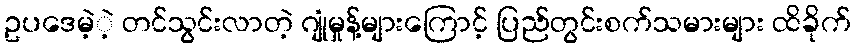
ဥပဒေမဲ့ဲ့ တင်သွင်းလာတဲ့ ဂျုံမှုန့်များကြောင့် ပြည်တွင်းစက်သမားများ ထိခိုက်